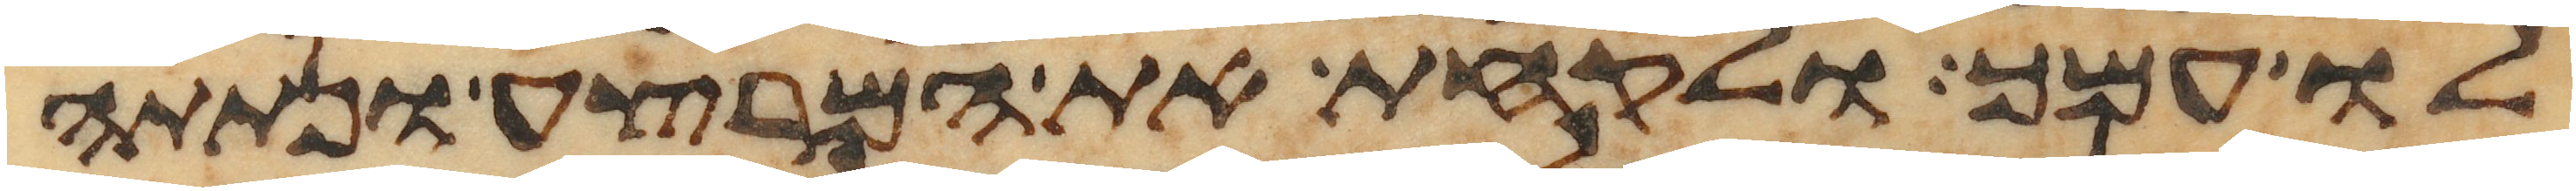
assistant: לו עמך ולקחת את המרצע ונתתה